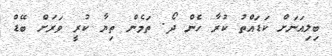
ބިލިއަނަށް ކަޑައްތު ކުރާ ހެން ދޯ. ތަމެން ތިޔާ ކުރީ ވަރަށް ބޭޑް